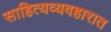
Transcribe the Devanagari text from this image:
साहित्यव्यवहारात